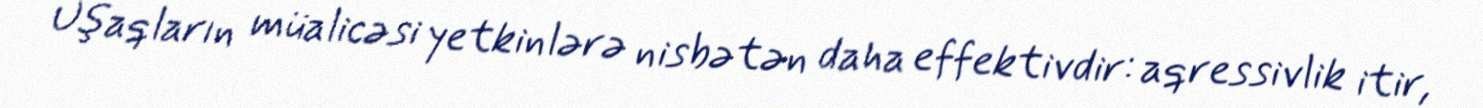
Uşaqların müalicəsi yetkinlərə nisbətən daha effektivdir: aqressivlik itir,